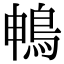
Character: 𮬱